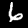
Digit: 6